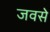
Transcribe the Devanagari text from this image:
जवसे